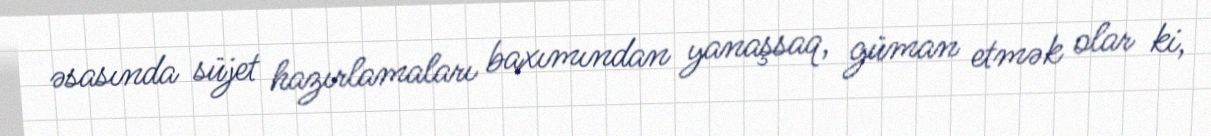
əsasında süjet hazırlamaları baxımından yanaşsaq, güman etmək olar ki,